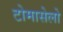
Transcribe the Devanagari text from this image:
टोमासेलो